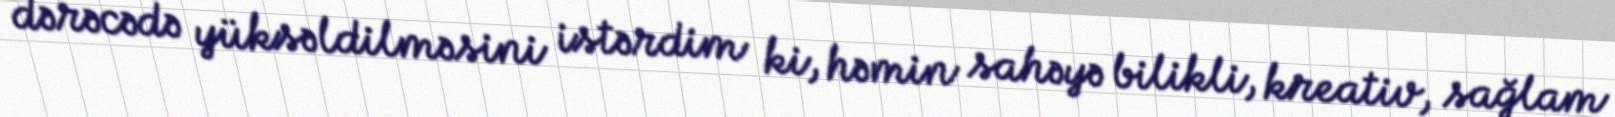
dərəcədə yüksəldilməsini istərdim ki, həmin sahəyə bilikli, kreativ, sağlam